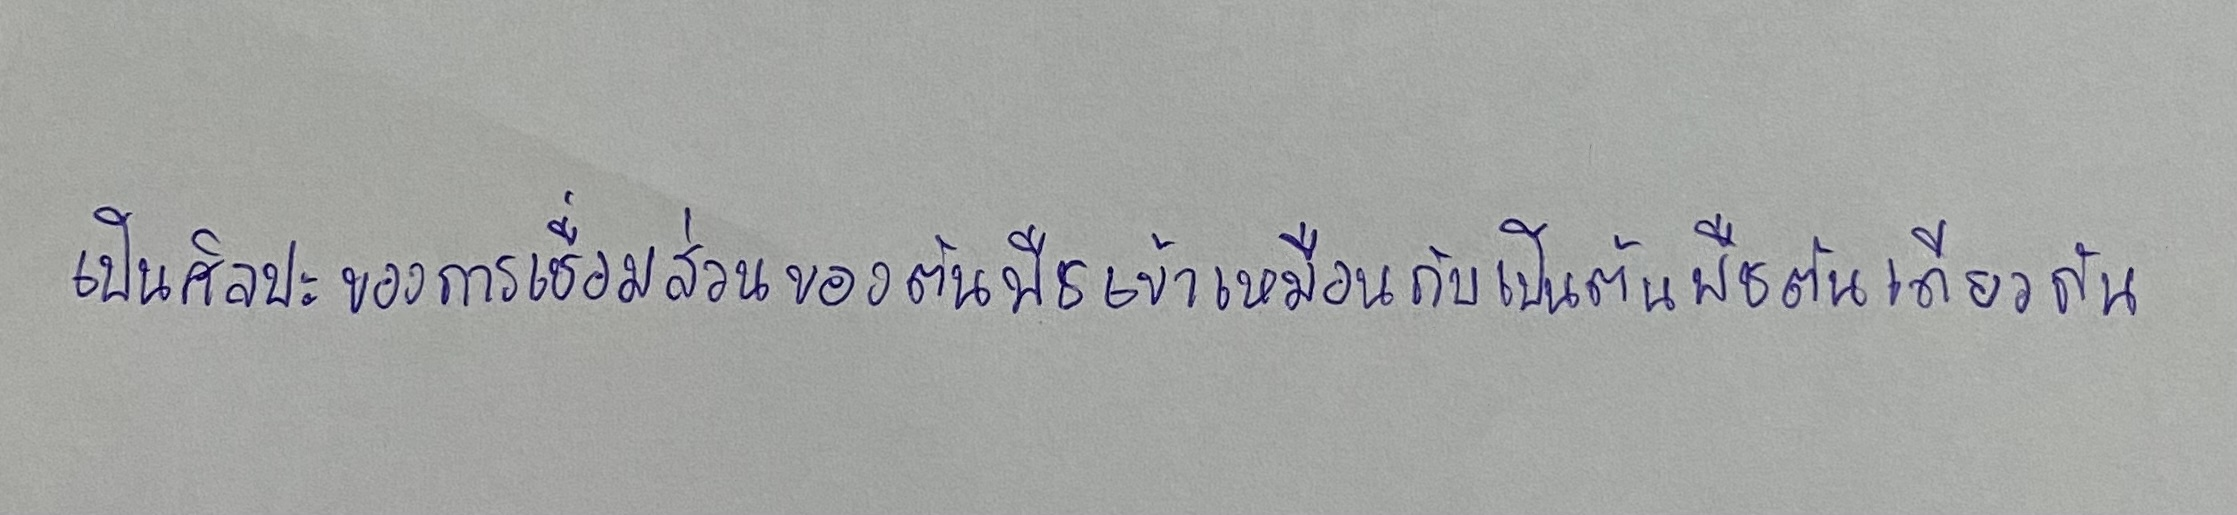
เป็นศิลปะของการเชื่อมส่วนของต้นพืชเข้าเหมือนกับเป็นต้นพืชต้นเดียวกัน